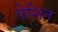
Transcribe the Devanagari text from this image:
पेशिन